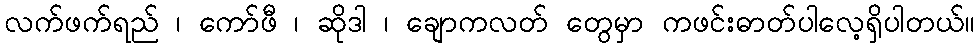
လက်ဖက်ရည် ၊ ကော်ဖီ ၊ ဆိုဒါ ၊ ချောကလတ် တွေမှာ ကဖင်းဓာတ်ပါလေ့ရှိပါတယ်။